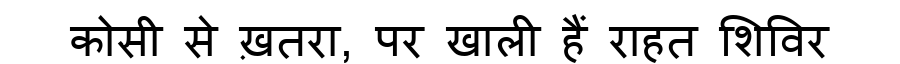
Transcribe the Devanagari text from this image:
कोसी से ख़तरा, पर खाली हैं राहत शिविर